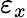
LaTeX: \varepsilon_{x}